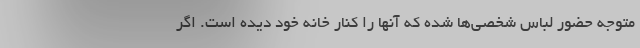
متوجه حضور لباس شخصی‌ها شده که آنها را کنار خانه خود دیده است. اگر